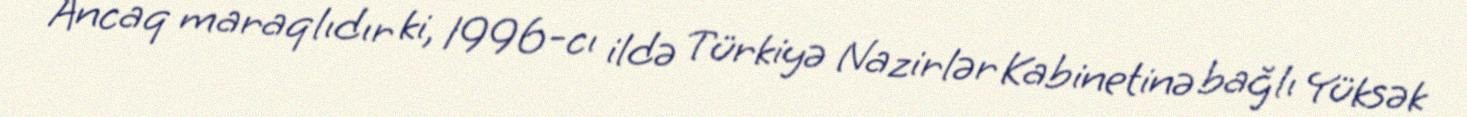
Ancaq maraqlıdır ki, 1996-cı ildə Türkiyə Nazirlər Kabinetinə bağlı Yüksək